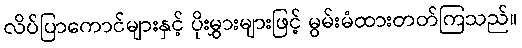
လိပ်ပြာကောင်များနှင့် ပိုးမွှားများဖြင့် မွမ်းမံထားတတ်ကြသည်။